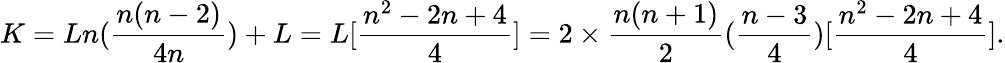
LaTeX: K=Ln(\frac{n(n-2)}{4n})+L=L[\frac{n^{2}-2n+4}{4}]=2\times\frac{n(n+1)}{2}(\frac{n-3}{4})[\frac{n^{2}-2n+4}{4}].